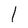
Character: 1